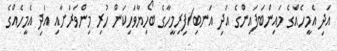
އަދި އެމީހެއްގެ މައިންބަފައިންގެ އަދި އަނބި/ފިރިމީހާގެ ބޯހިޔާވަހިކަން ހުރި މިންވަރަށާއި އަދި އެމީހެއްގެ